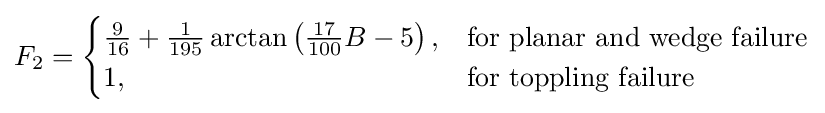
F_{2}={\begin{cases}{\frac {9}{16}}+{\frac {1}{195}}\arctan \left({\frac {17}{100}}B-5\right),&{\text{for planar and wedge failure}}\\1,&{\text{for toppling failure}}\end{cases}}